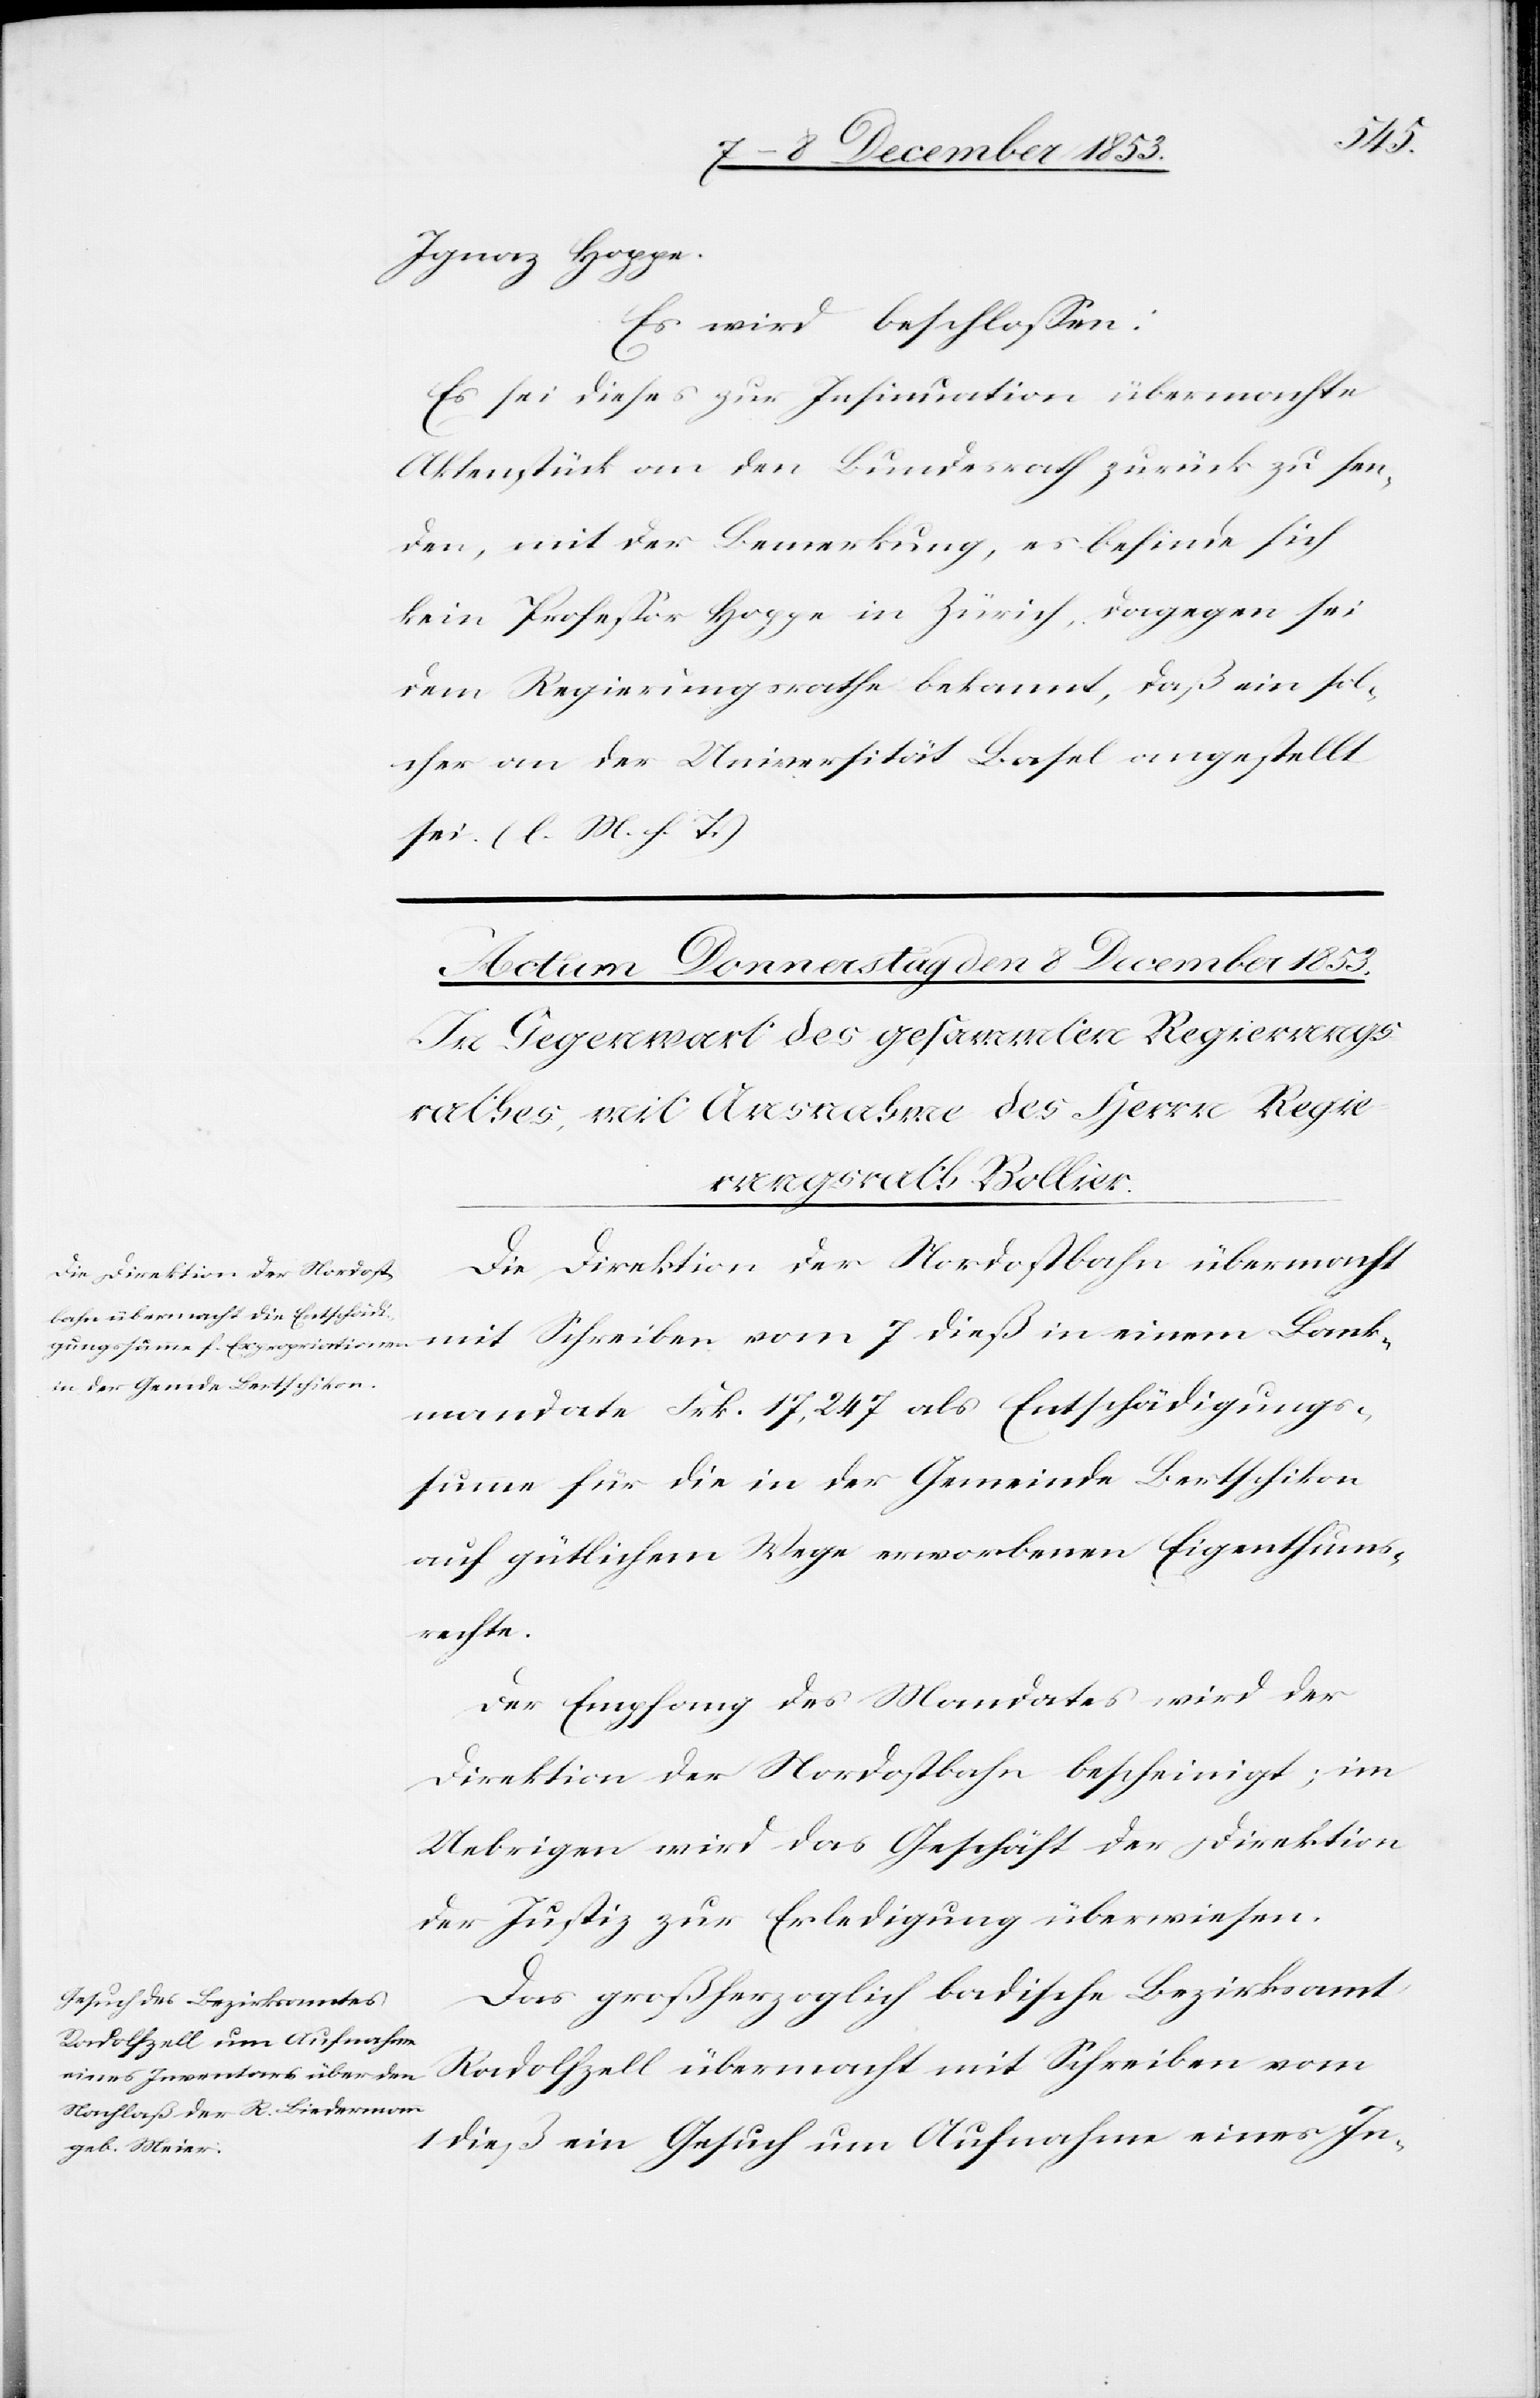
Ignaz Hoppe.
Es wird beschloßen:
Es sei dieses zur Insinuation übermachte
Aktenstück an den Bundesrath zurück zu sen¬
den, mit der Bemerkung, es befinde sich
kein Profeßor Hoppe in Zürich, dagegen sei
dem Regierungsrathe bekannt, daß ein sol¬
cher an der Universität Basel angestellt
sei. [l. M. h. T]
Die Direktion der Nordostbahn übermacht
mit Schreiben vom 7 dieß in einem Bank¬
mandate Frk. 17,247 als Entschädigungs¬
summe für die in der Gemeinde Bertschikon
auf gütlichem Wege erworbenen Eigenthums¬
rechte.
Der Empfang des Mandates wird der
Direktion der Nordostbahn bescheinigt; im
Uebrigen wird das Geschäft der Direktion
der Justiz zur Erledigung überwiesen.
Das großherzoglich badische Bezirksamt
Radolfszell übermacht mit Schreiben vom
1 dieß ein Gesuch um Aufnahme eines In-